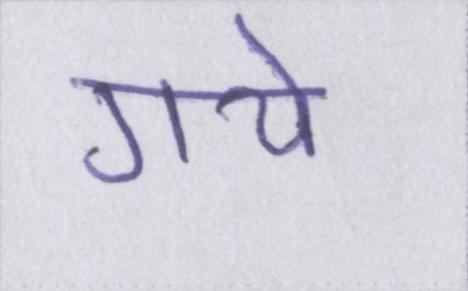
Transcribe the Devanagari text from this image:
गये